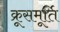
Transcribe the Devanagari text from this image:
क्रूसमूर्ति